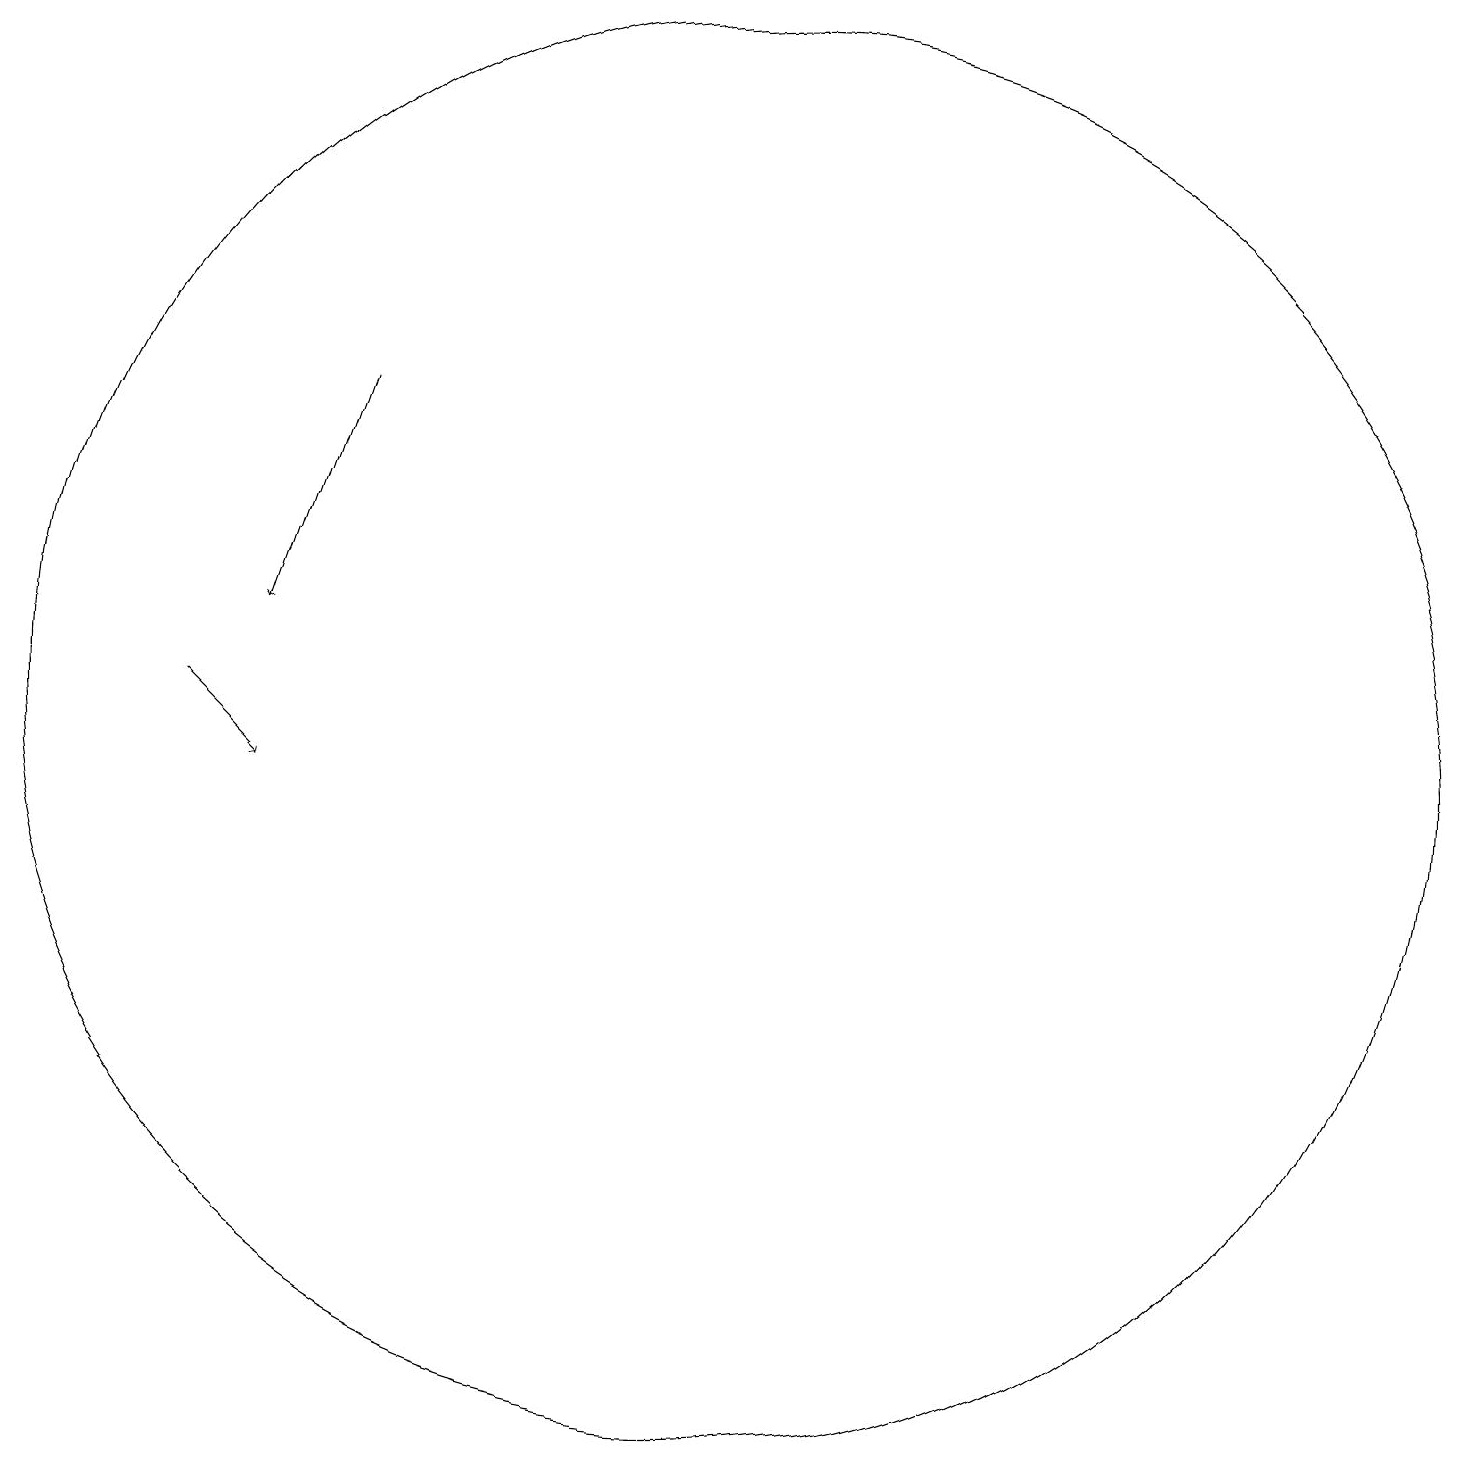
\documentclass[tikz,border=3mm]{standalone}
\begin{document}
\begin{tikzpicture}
\draw (11,12) circle (9);
\draw[->] (6,16) -- (5,13);
\draw[->] (4,12) -- (5,11);
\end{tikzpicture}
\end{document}